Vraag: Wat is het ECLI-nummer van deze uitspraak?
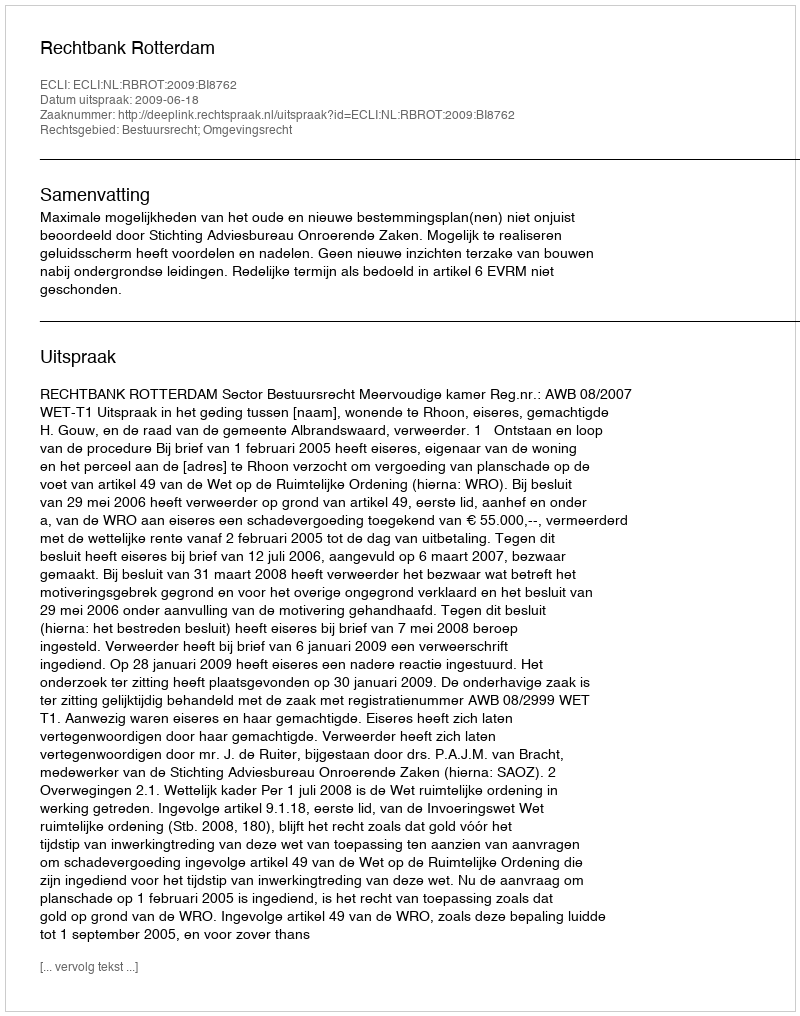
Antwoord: ECLI:NL:RBROT:2009:BI8762